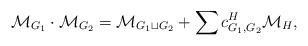
LaTeX: \begin{align*}~ \mathcal{M}_{G_1} \cdot \mathcal{M}_{G_2} = \mathcal{M}_{G_1 \sqcup G_2} + \sum c_{G_1, G_2}^H \mathcal{M}_{H} , \end{align*}